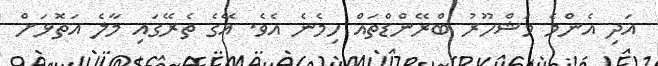
އަދި އެންމެ މަޝްހޫރު ބްރޭންޑްތައް ހިމެނެ އެވެ. އޭގެ ތެރޭގައި މާލެ އަތޮޅަށް